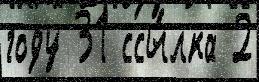
году 31 ссы́лка 2